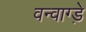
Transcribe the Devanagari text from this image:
वन्वाग्ड़े